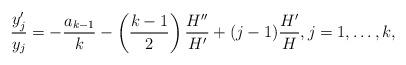
LaTeX: \begin{align*} \frac{y_j'}{y_j} = - \frac{a_{k-1}}k - \left( \frac{k-1}2 \right) \frac{H''}{H'} + (j-1) \frac{H'}{H} , j=1, \ldots, k,\end{align*}